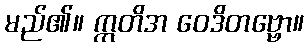
မည်၏။ ဣတိအ ဝေဒိတဗ္ဗော။